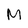
Character: M